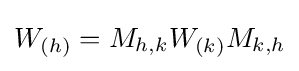
W_{(h)}=M_{h,k}W_{(k)}M_{k,h}